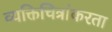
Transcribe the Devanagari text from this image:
व्यक्तिचित्रांकरता